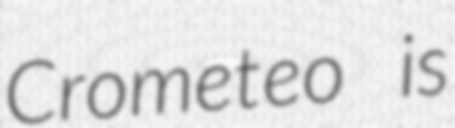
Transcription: Crometeo is